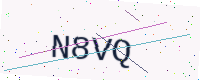
Text: N8VQ